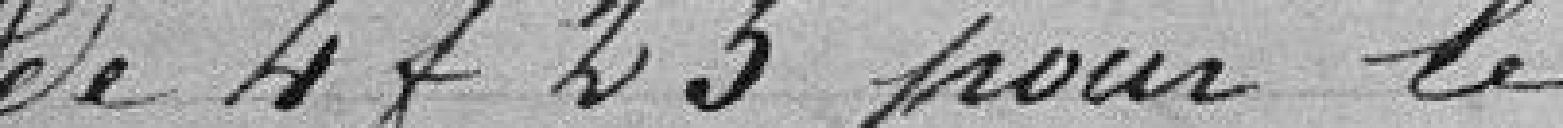
de 4 francs 25 pour le